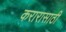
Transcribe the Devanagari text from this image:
करारासाठी